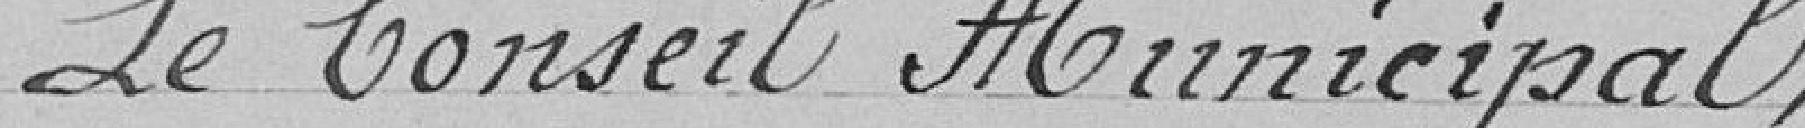
Le conseil municipal